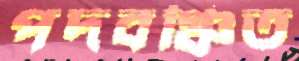
পদবঞ্চিত